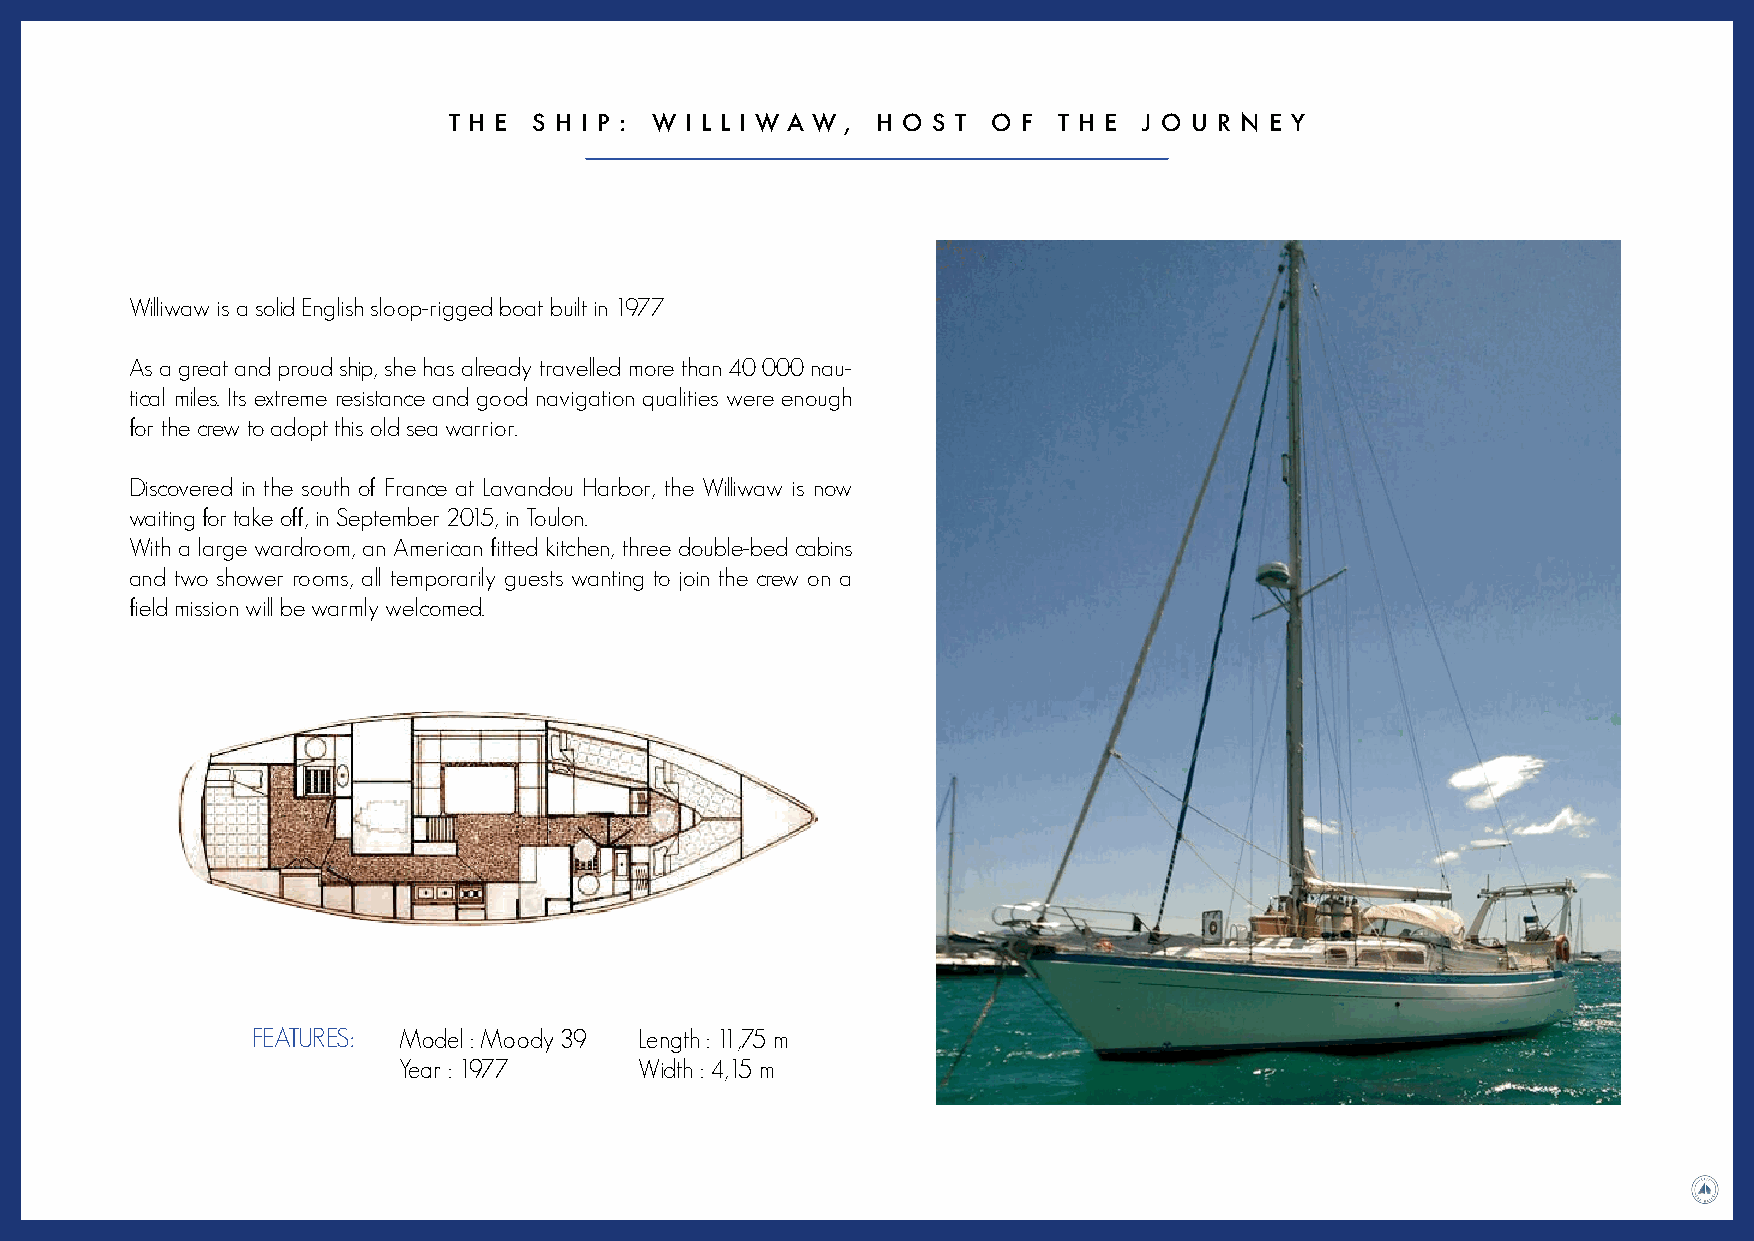
T H E S H I P : W I L L I W A W , H O S T O F T H E J O U R N E Y
 Williwaw is a solid English sloop-rigged boat built in 1977
 As a great and proud ship, she has already travelled more than 40 000 nau-
 tical miles. Its extreme resistance and good navigation qualities were enough
 for the crew to adopt this old sea warrior.
 Discovered in the south of France at Lavandou Harbor, the Williwaw is now
 waiting for take off, in September 2015, in Toulon.
 With a large wardroom, an American fitted kitchen, three double-bed cabins
 and two shower rooms, all temporarily guests wanting to join the crew on a
 field mission will be warmly welcomed.
 FEATURES: Model : Moody 39 Length : 11,75 m
 Year : 1977     Width : 4,15 m